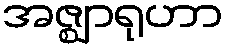
အဇ္ဈာရုဟာ